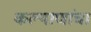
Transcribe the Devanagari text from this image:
कल्याणांचा